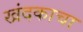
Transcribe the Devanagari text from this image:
खंदकाचा